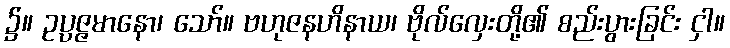
၌။ ဥပ္ပဇ္ဇမာနော၊ သော်။ ဗဟုဇနဟိနာယ၊ ဗိုလ်လှေးတို့၏ စည်းပွားခြင်း ငှါ။